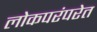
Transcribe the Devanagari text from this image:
लोकपरंपरेत